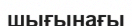
шығынағы